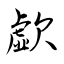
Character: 歔